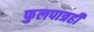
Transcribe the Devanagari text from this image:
फुलपात्रही